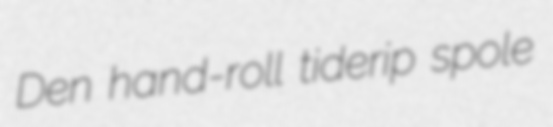
Den hand-roll tiderip spole